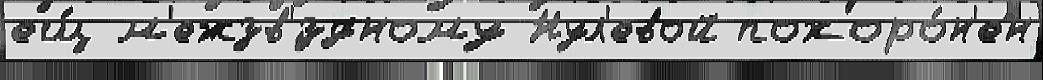
ещ́ м'ежзв'́здному Нул'евой похоро́н'ен